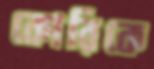
কোরিকে